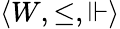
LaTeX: \langle W,\leq,\Vdash\rangle